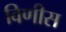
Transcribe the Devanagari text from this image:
विणीस